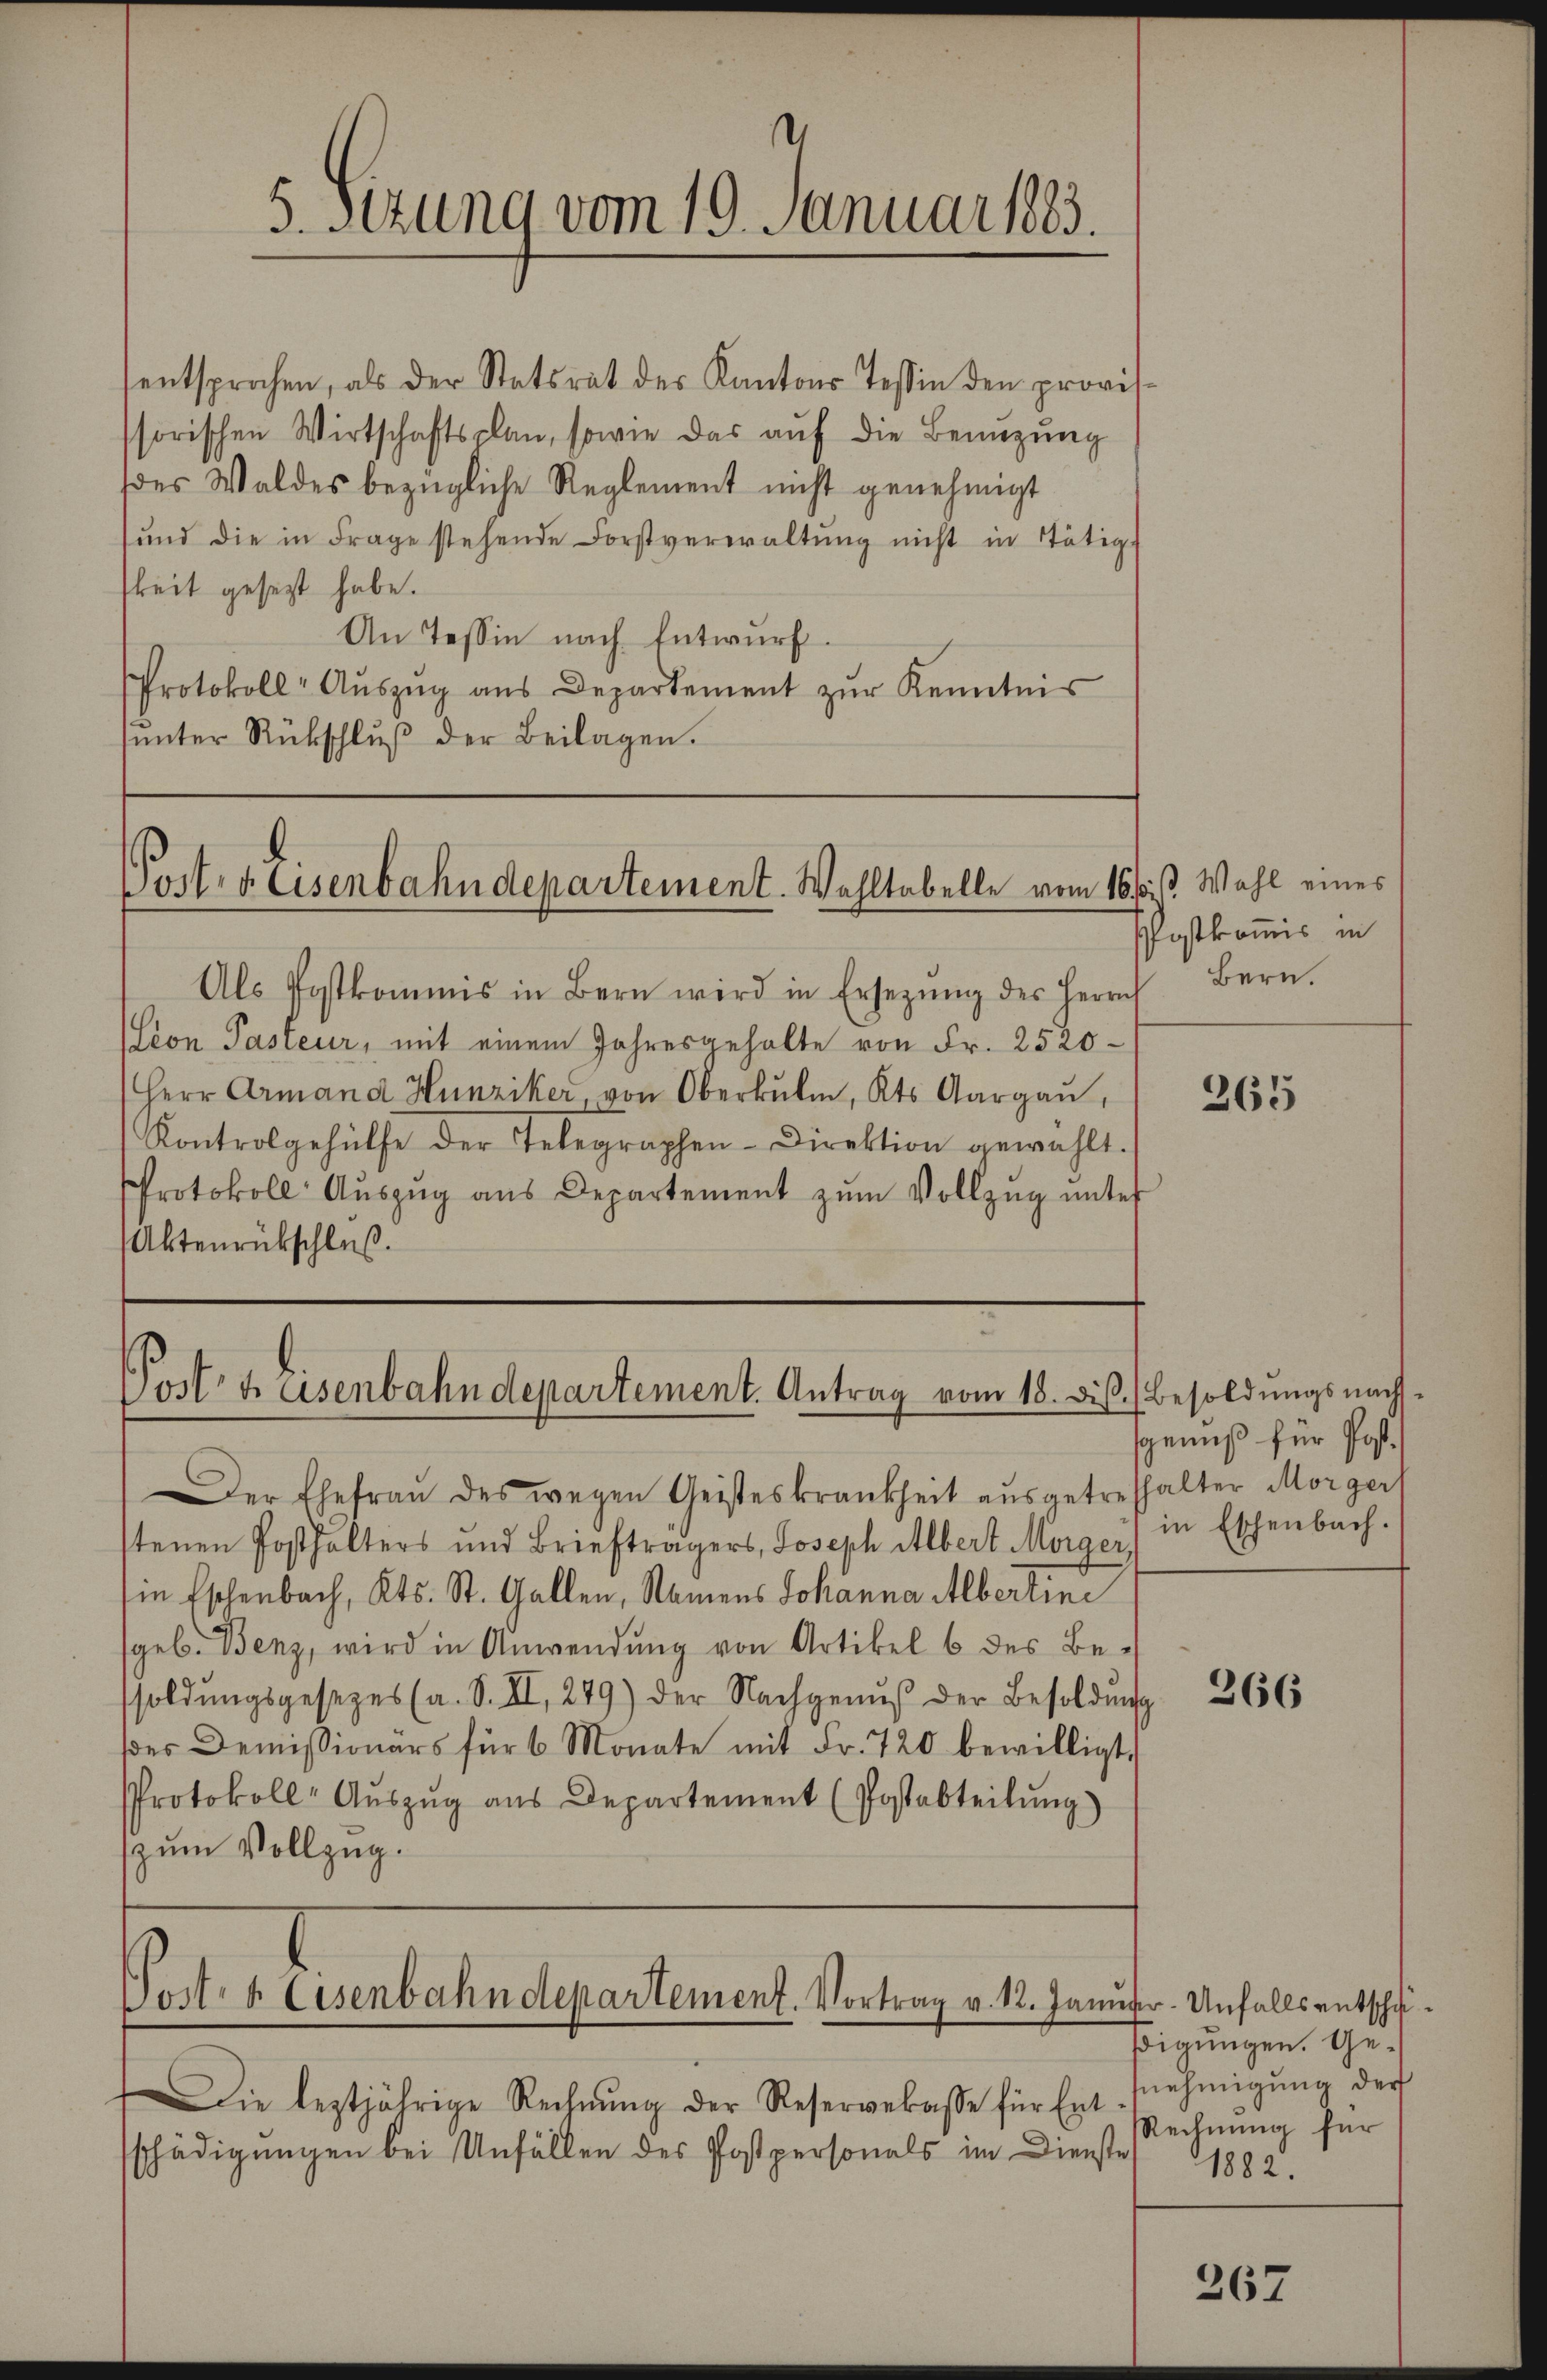
.
5. sezung vom 19. Januar 1883.

sentsprochen, als der Statsrat der Kantons Tessin den provis-
ssorischen Wirtschaftsplan, sowie das auf die Benüzung
(des Waldes bezügliche Reglement nicht genehmigt
ŭnd die in Frage stehende Forstverwaltŭng nicht in Tätig-
keit gesezt habe.
An Tessin nach Entwurf.
Protokoll-Aŭszŭg ans Departement zŭr Kenntnis
hŭnter Rückschlŭβ der Beilagen.

Post- & Eisenbahndepartement. Wahltabelle vom 16 st. Wahl eines

Als Postkommis in Bern wird in Ersetzŭng des Herrn
lion Pasteur, mit einem Jahresgehalte von Fr. 2520
Herr Armand Hunziker, von Oberkŭlm, Kts. Aargaŭ,
Kontrolgehülfe der Telegraphen-Direktion gewählt.
Protokoll Aŭszŭg ans Departement zŭm Vollzŭg ŭnter
Aktenrückschluß.

Posttasenbahndepartement. Antrag vom 18. diβ. (Besoldŭngsnach-

Der Ehefrau des wegen Geisteskrankheit ausgetreffelter Morger
tenen Posthalters und Briefträgers, Joseph Albert Morger,
in Eschenbach, Kts. St. Gallen, Namens Johanna Albertini
geb. Benz, wird in Anwendung von Artikel 6 des Be-
soldŭngsgesezes (a. S. II., 249) der Nachgenŭβ der Besoldŭng
ddes Demissionärs für 6 Monate mit Fr. 720 bewilligt.
Protokoll- Aŭszŭg ans Departement (Postabteilung)
zum Vollzug.
Postro Eisenbahndepartement. Vortrag v. 12. Januar. Unfalls entschä¬
Die leztjährige Rechnŭng der Reservelasse für Ent-snehmigŭng der
sschädigungen bei Unfällen des Postpersonals im Dienste

Postkommis in
Bern.

265

sgenuß für Post.
in Eschenbach.

266

Eigungen. Ge¬
Rechnung für
1882.

267